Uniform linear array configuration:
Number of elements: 48
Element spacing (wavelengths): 1
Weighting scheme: uniform
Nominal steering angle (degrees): -60
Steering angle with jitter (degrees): -59.544
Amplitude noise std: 0.05
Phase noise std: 0.05

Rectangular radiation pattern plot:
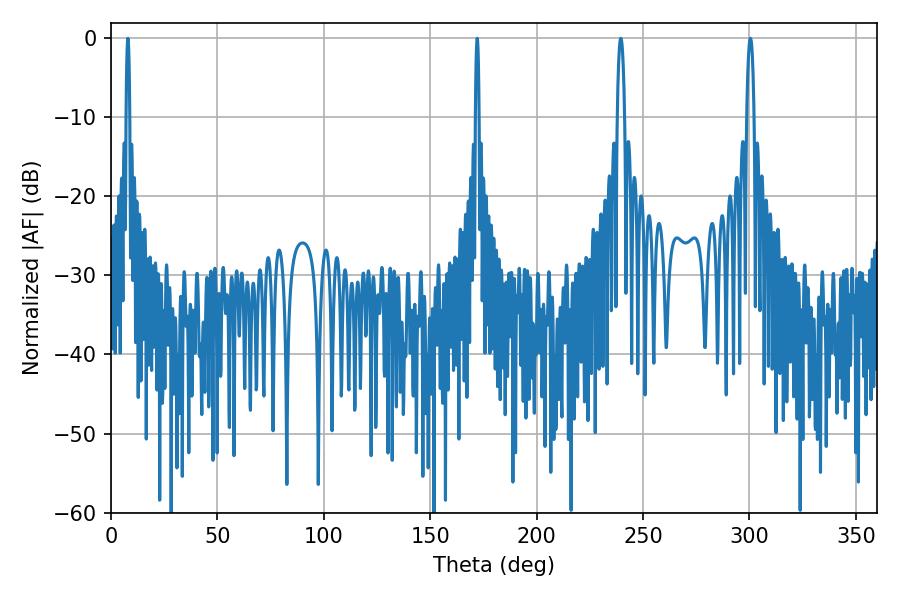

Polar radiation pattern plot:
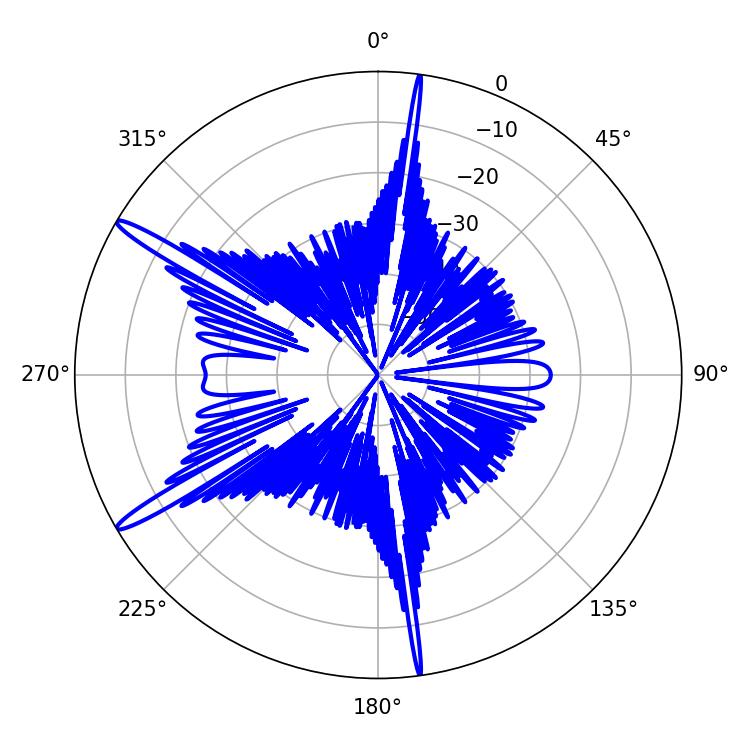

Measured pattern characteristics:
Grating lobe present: TRUE
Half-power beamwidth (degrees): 0.9
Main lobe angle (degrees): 7.92